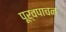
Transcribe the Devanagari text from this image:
पूर्वपाचन